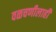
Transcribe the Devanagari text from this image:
वळचणीलाही